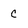
Character: c